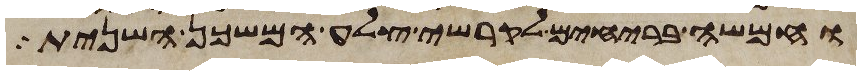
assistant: וחמשה בריחים לקרשי צלע המשכן השנית